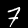
Label: 7